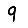
Digit: 9